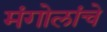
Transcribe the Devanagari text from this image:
मंगोलांचे